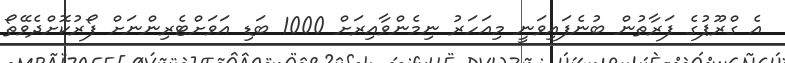
އެ ގްރޫޕުގެ ފަރާތުން ބުނެފައިވަނީ މިއަހަރު ނިމެންވާއިރަށް 1000 ބަޑި އަވަށްޓެރިންނަށް ފޯރުކޮށްދެވޭތޯ